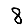
Digit: 8